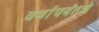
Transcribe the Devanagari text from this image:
वर्षापर्यंतचे